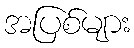
အပြစ်များ